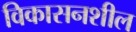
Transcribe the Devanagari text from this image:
विकासनशील